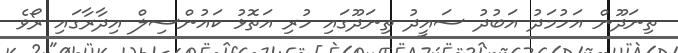
ތިނަދޫން އަހުމަދު އަބުދު ސައީދު ތިނަދޫގައި ހުރި އަތޮޅު ކައުންސިލް އިދާރާގައި ރޯވެ